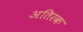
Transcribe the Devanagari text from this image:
अतिरक